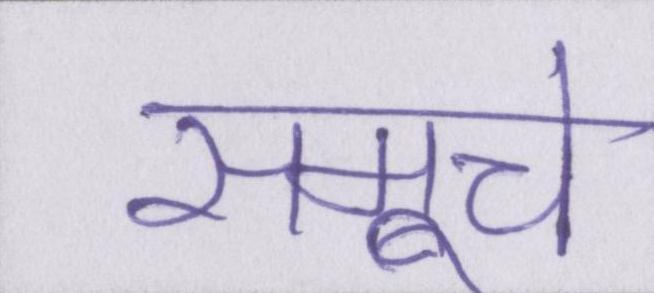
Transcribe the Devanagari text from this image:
समूचे